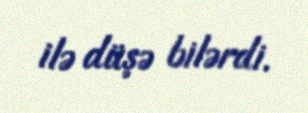
ilə düşə bilərdi.